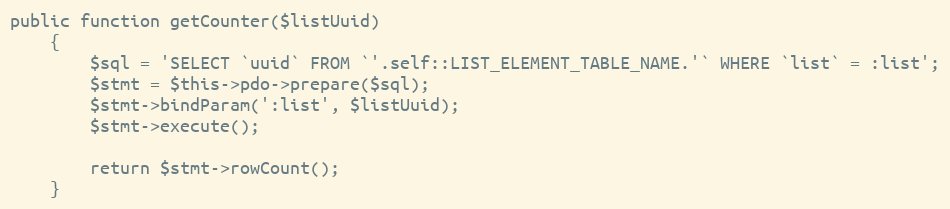
Language: PHP
public function getCounter($listUuid)
    {
        $sql = 'SELECT `uuid` FROM `'.self::LIST_ELEMENT_TABLE_NAME.'` WHERE `list` = :list';
        $stmt = $this->pdo->prepare($sql);
        $stmt->bindParam(':list', $listUuid);
        $stmt->execute();

        return $stmt->rowCount();
    }